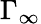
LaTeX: \Gamma_{\infty}